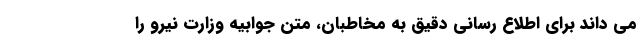
می داند برای اطلاع رسانی دقیق به مخاطبان، متن جوابیه وزارت نیرو را